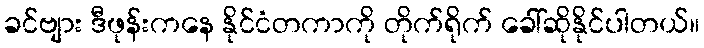
ခင်ဗျား ဒီဖုန်းကနေ နိုင်ငံတကာကို တိုက်ရိုက် ခေါ်ဆိုနိုင်ပါတယ်။